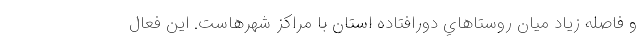
و فاصله زياد ميان روستاهاي دورافتاده استان با مراكز شهرهاست. اين فعال